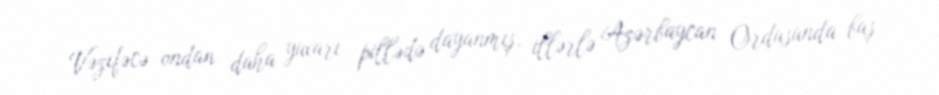
Vəzifəcə ondan daha yuxarı pillədə dayanmış, illərlə Azərbaycan Ordusunda baş